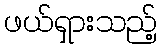
ဖယ်ရှားသည့်